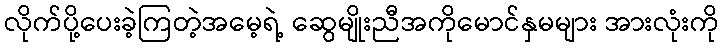
လိုက်ပို့ပေးခဲ့ကြတဲ့အမေ့ရဲ့ ဆွေမျိုးညီအကိုမောင်နှမများ အားလုံးကို